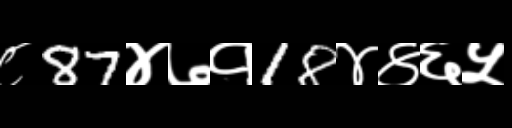
Text: ८87४७१18४४६५